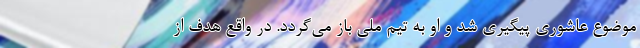
موضوع عاشوری پیگیری شد و او به تیم ملی باز می‌گردد. در واقع هدف از